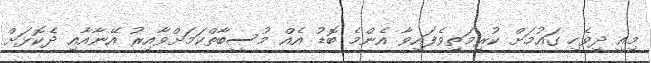
މިއީ ދިވެހި ގައުމަށް ކުރިމަތިވެފައިވާ އެންމެ ބޮޑު އެއް މުސީބާތްކަމަށްވާއިރު އޭނާއާއި ދެކޮޅަށް